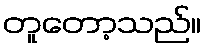
တူတော့သည်။